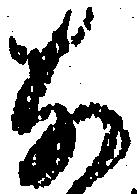
な